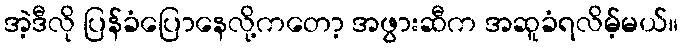
အဲ့ဒီလို ပြန်ခံပြောနေလို့ကတော့ အဖွားဆီက အဆူခံရလိမ့်မယ်။